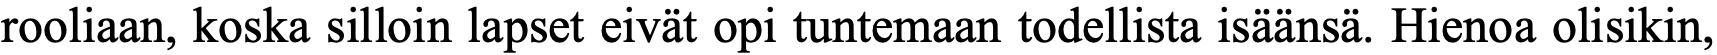
rooliaan, koska silloin lapset eivät opi tuntemaan todellista isäänsä. Hienoa olisikin,